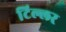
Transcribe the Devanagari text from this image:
टिल्लर